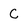
Character: C